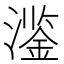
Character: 𱩔